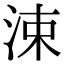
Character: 涑